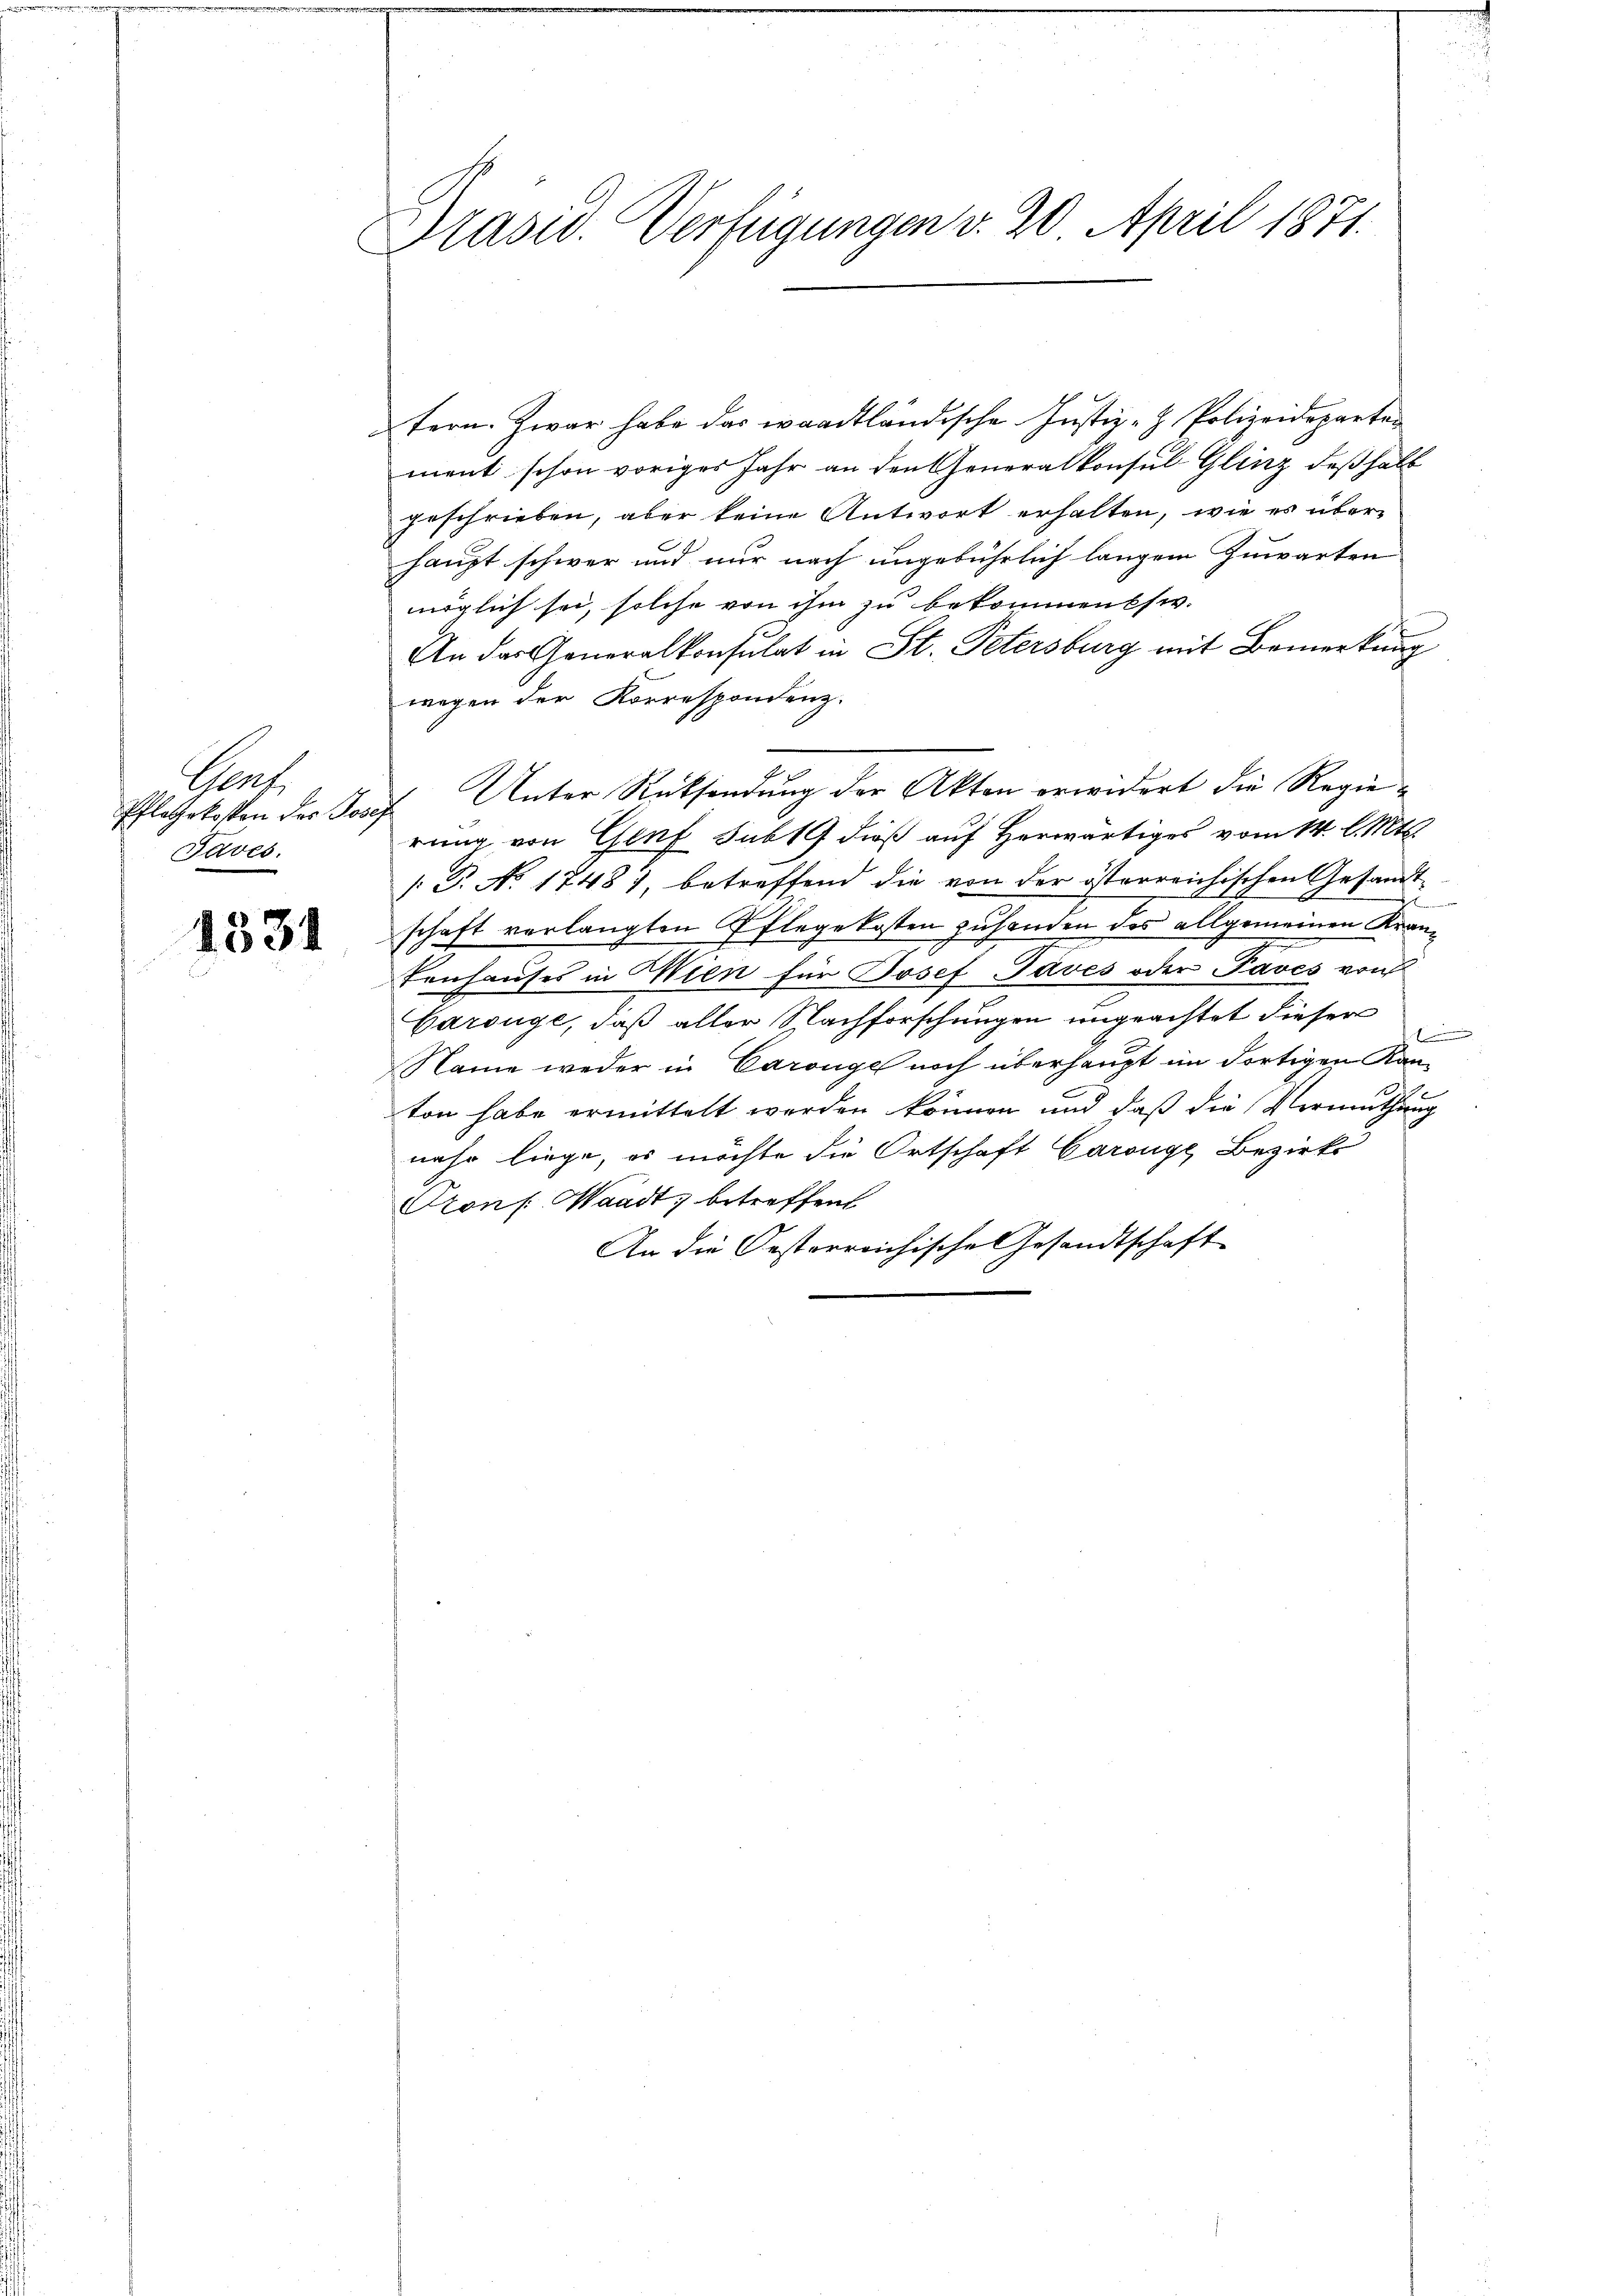
Gauf.
Pflegekosten des Josef
Javes.

1331

Präsid. Verfügungen v. 20. April 1871.

tern. Zwar habe das waadtländische Justiz- & Polizeideparten
ment schon voriges Jahr an den Generalkonsul-Glinz deßhalb
geschrieben, aber keine Antwort erhalten, wie es überhaupt schwer und nur nach ungebührlich langem Zuwarten
möglich sei, solche von ihm zu bekommensiv.
An das Generalkonsulat in St. Petersburg mit Bemerkung
wegen der Korrespondenz.
rung von Genf sub 19 dieß auf Herwärtiges vom 14. l. Mts.
 P. No. 17487, betreffend die von der österreichischen Gesandtc
schaft verlangten Pflegekosten zuhanden des allgemeinen Krantenhauses in Wien für Josef Paves oder Faves von
Carsüge, daß aller Nachforschungen ungeachtet dieser

Name weder in Caröngel noch überhaupt im dortigen Kan¬
1
ton habe ermittelt werden können und daß die Vermuthung
nahe liege, es möchte die Ortschaft Carouge, Bezirks
Otonf. Waadt, betreffen
An die Oesterreichische Gesandtschaft

Unter Rücksendung der Akten erwidert die Regie¬